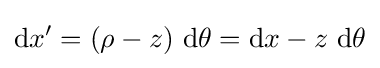
\mathrm {d} x'=(\rho -z)~\mathrm {d} \theta =\mathrm {d} x-z~\mathrm {d} \theta